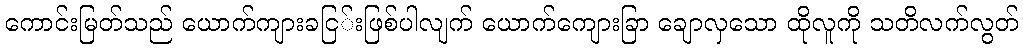
ကောင်းမြတ်သည် ယောက်ကျားခငြ်းဖြစ်ပါလျက် ယောက်ကျေားခြာ ချောလှသော ထိုလူကို သတိလက်လွတ်